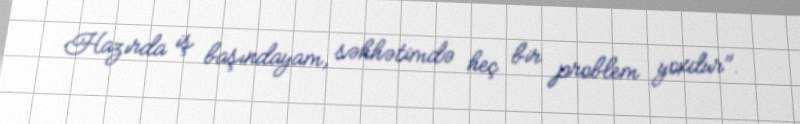
Hazırda iş başındayam, səhhətimdə heç bir problem yoxdur".